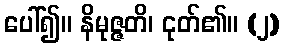
ပေါ်၍။ နိမုဇ္ဇတိ၊ ငုတ်၏။ (၂)